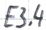
Text: E3.4